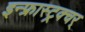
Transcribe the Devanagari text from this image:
इन्फ्रास्ट्रक्चर्